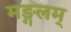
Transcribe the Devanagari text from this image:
मङ्गलम्